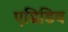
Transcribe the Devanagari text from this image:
एडिडिव